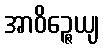
အာဝိဉ္ဇေယျ